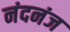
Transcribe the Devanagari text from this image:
नंदनंज